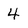
Character: 4